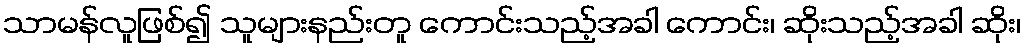
သာမန်လူဖြစ်၍ သူများနည်းတူ ကောင်းသည့်အခါ ကောင်း၊ ဆိုးသည့်အခါ ဆိုး၊